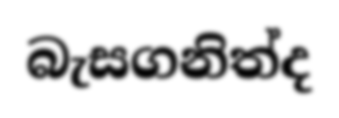
බැසගනිත්ද